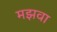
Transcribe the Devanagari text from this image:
मझवा